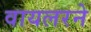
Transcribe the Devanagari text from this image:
वायलरने